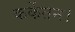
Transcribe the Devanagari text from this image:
कर्केतन।